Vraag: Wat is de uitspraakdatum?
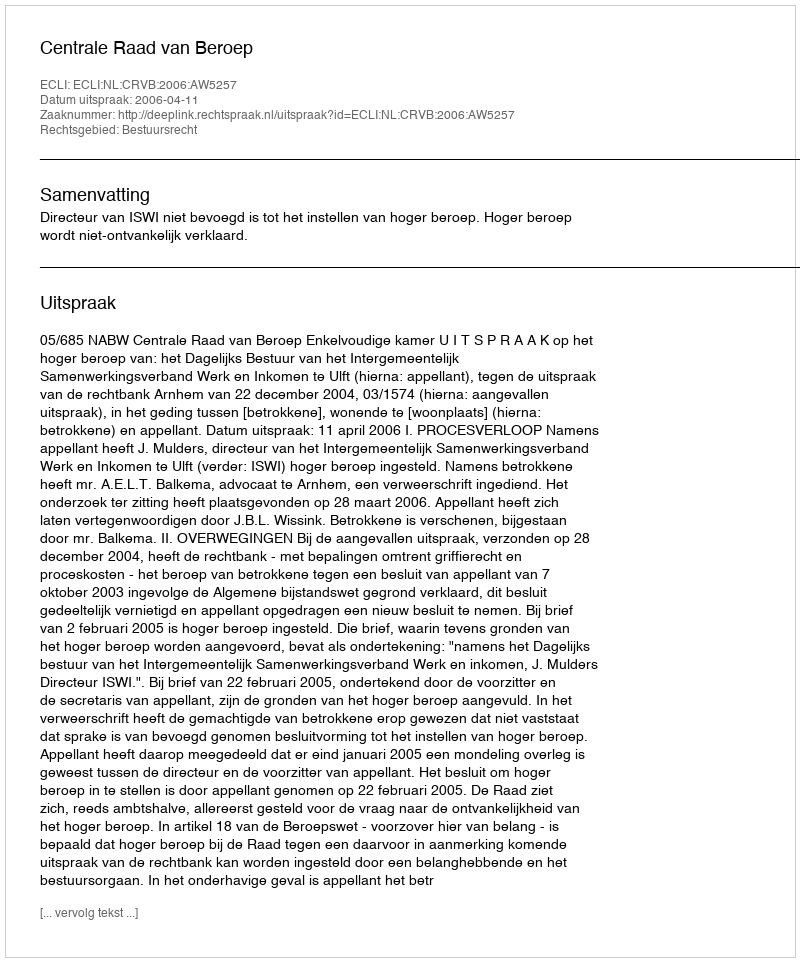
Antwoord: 2006-04-11